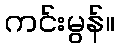
ကင်းမွန်။